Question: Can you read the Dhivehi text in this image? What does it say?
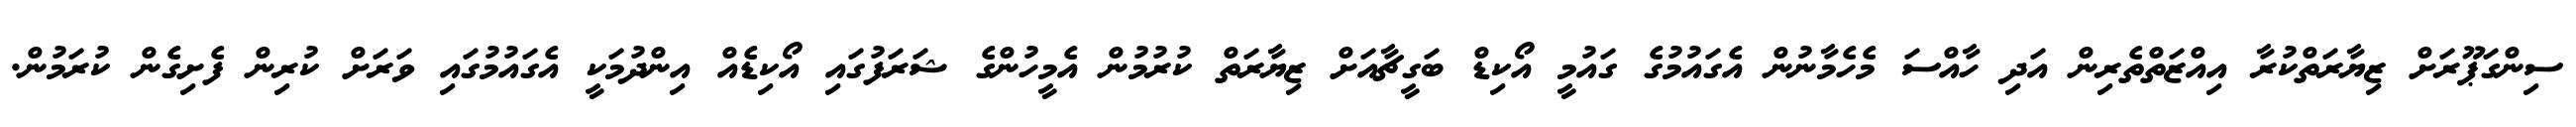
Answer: ސިންގަޕޫރަށް ޒިޔާރަތްކުރާ އިއްޒަތްތެރިން އަދި ހާއްސަ މެހެމާނުން އެގައުމުގެ ގައުމީ އޯކިޑް ބަގީޗާއަށް ޒިޔާރަތް ކުރުމުން އެމީހުންގެ ޝަރަފުގައި އޯކިޑެއް އިންދުމަކީ އެގައުމުގައި ވަރަށް ކުރިން ފެށިގެން ކުރަމުން.